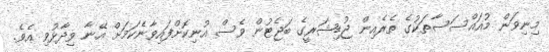
މިނިވަން މުއައްސަސާތަކުގެ ތެރެއިން ޖުޑިޝަރީގެ ބަޖެޓުން ވެސް އުނިކޮށްފައިވާނެކަމަށް އޭނާ ވިދާޅުވި އެވެ.